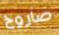
صاروخ